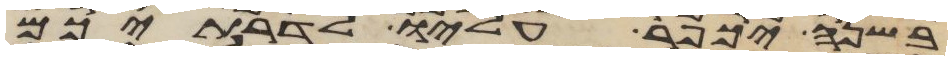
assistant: בשנה יכפר עליו לדרתיכם